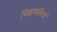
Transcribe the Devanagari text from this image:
चिह्नावलियों